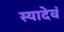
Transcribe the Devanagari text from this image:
स्यादेवं